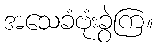
အသေခံဗုံးခွဲကြ။